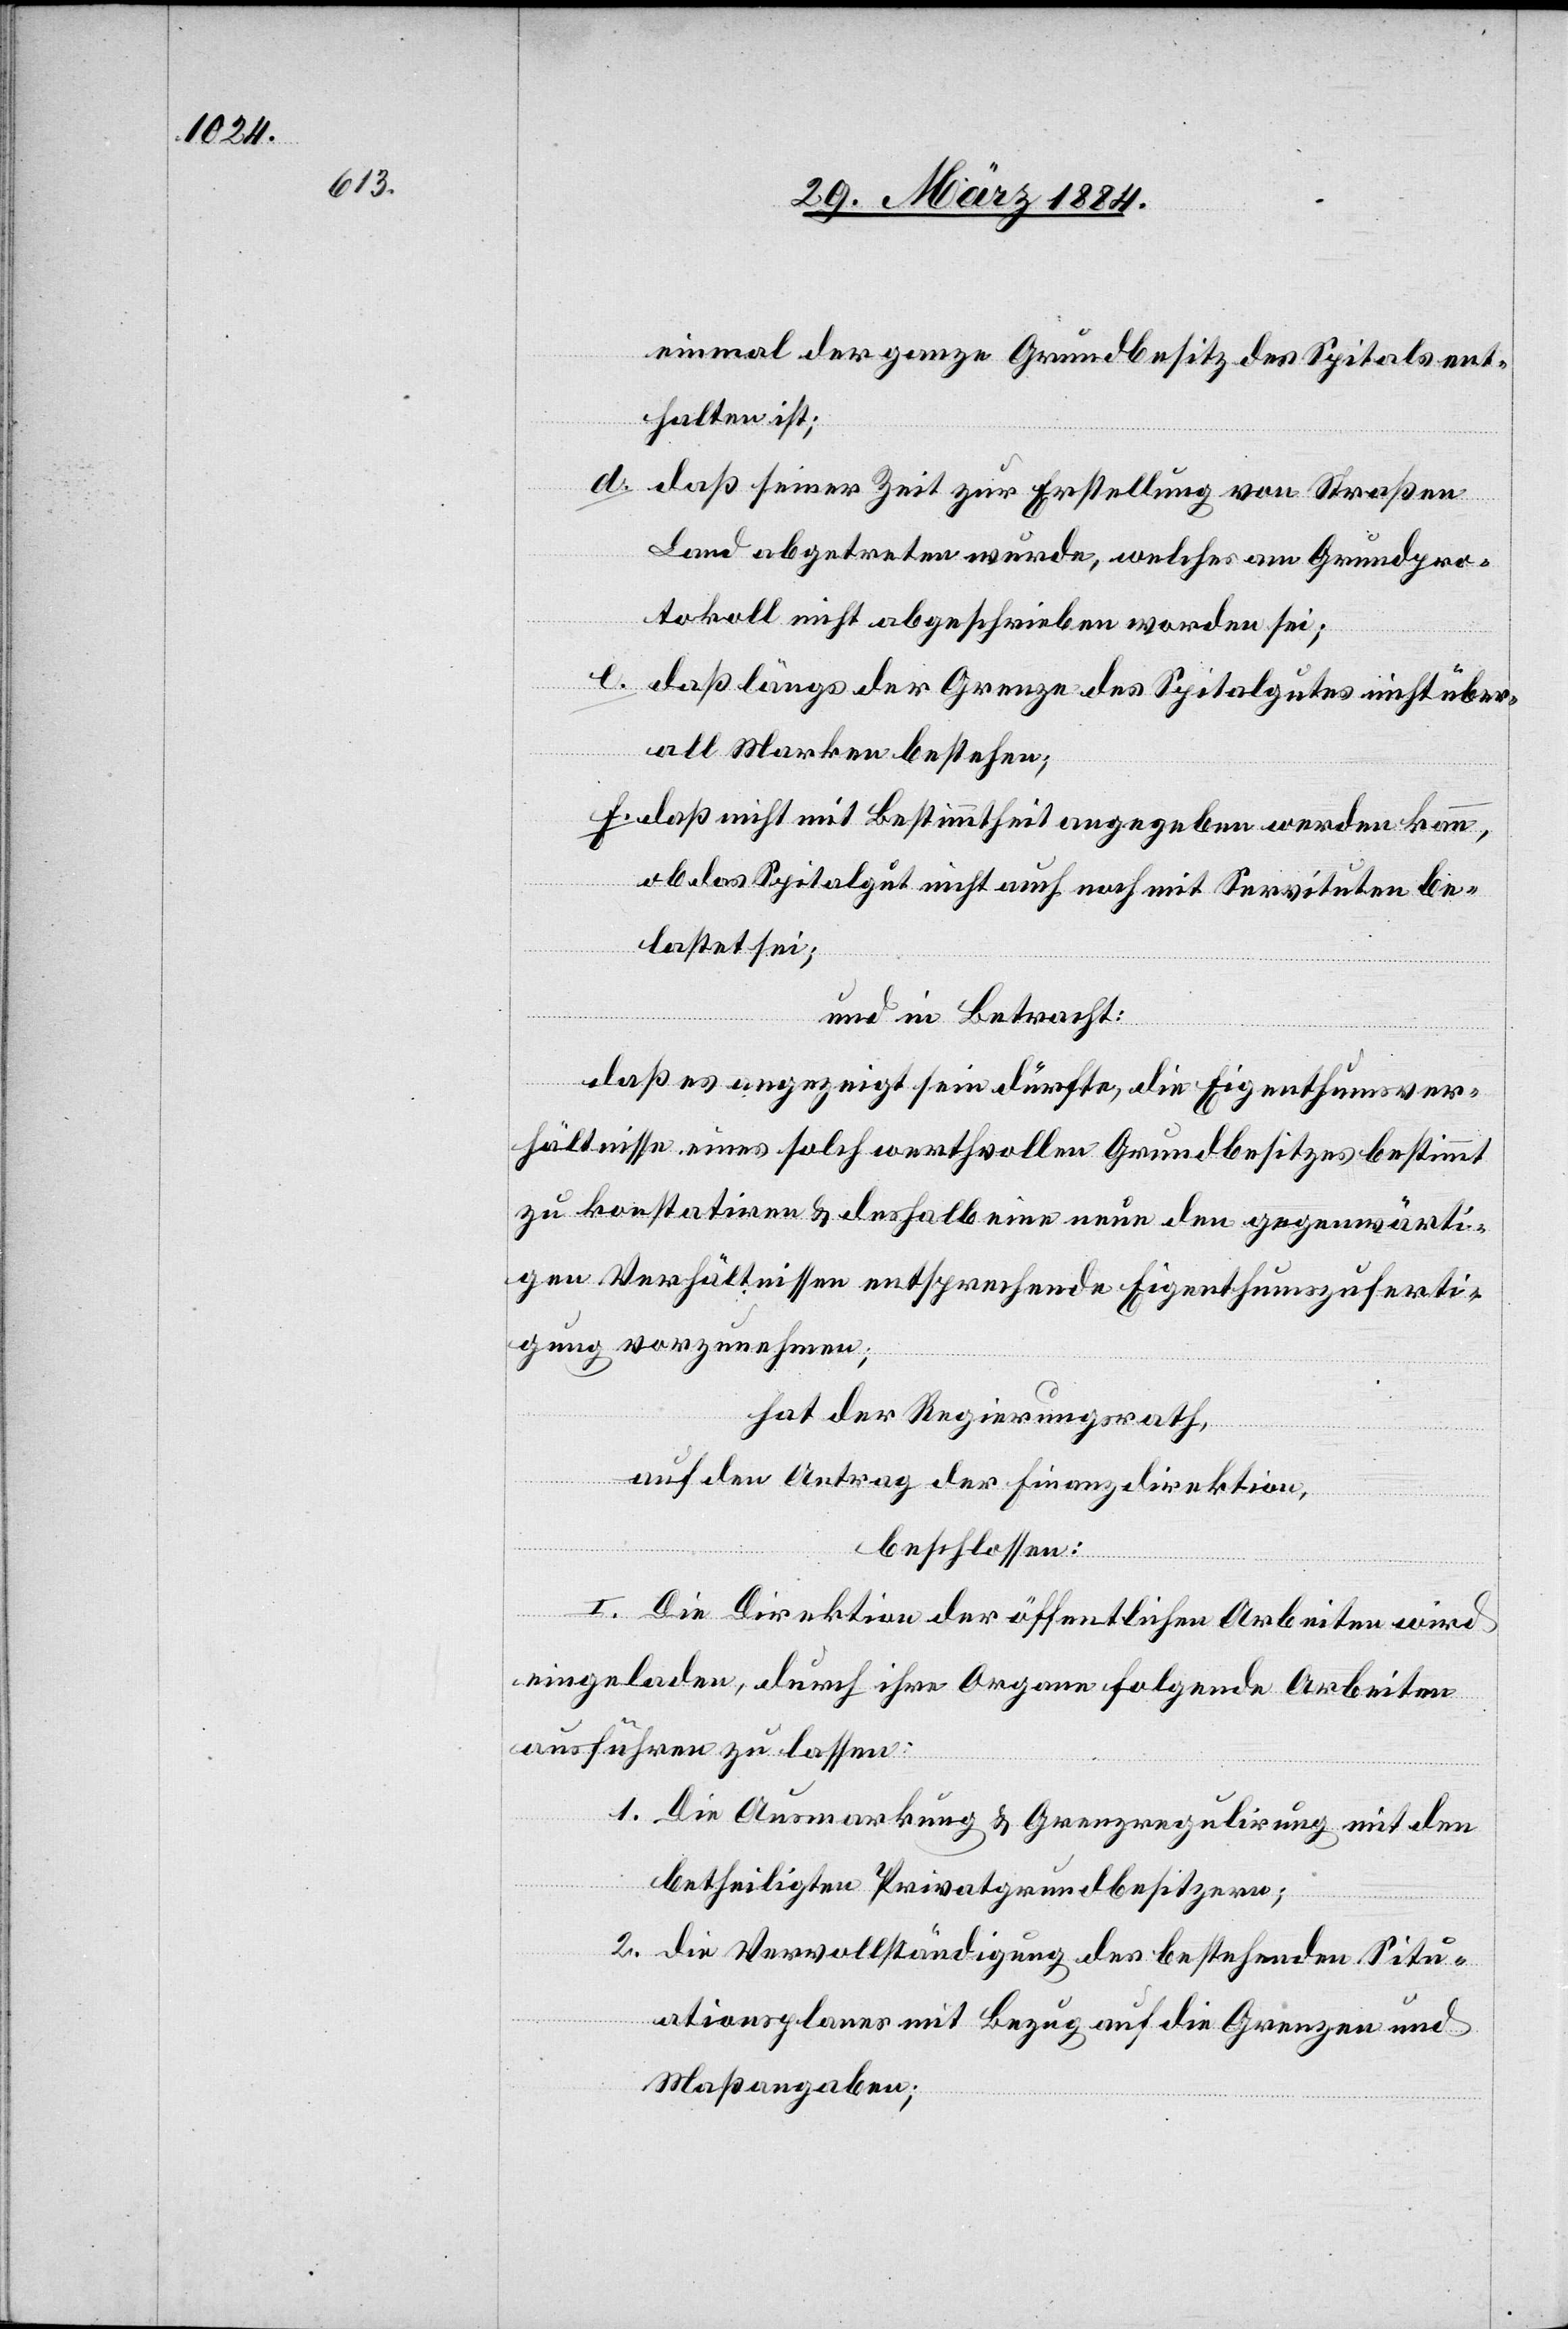
einmal der ganze Grundbesitz des Spitals ent¬
halten ist;
d. daß seiner Zeit zur Erstellung von Straßen
Land abgetreten wurde, welches am Grundpro¬
tokoll nicht abgeschrieben worden sei;
e. daß längs der Grenze des Spitalsgutes nicht über¬
all Marken bestehen;
f. daß nicht mit Bestimmtheit angegeben werden kann,
ob das Spitalgut nicht auch noch mit Servituten be¬
lastet sei;
und in Betracht:
daß es angezeigt sein dürfte, die Eigenthumsver¬
hältnisse eines solch werthvollen Grundbesitzes bestimmt
zu konstatiren & deshalb eine neue den gegenwärti¬
gen Verhältnissen entsprechende Eigenthumszuferti¬
gung vorzunehmen;
hat der Regierungsrath,
auf den Antrag der Finanzdirektion,
beschlossen:
I. Die Direktion der öffentlichen Arbeiten wird
eingeladen, durch ihre Organe folgende Arbeiten
ausführen zu lassen:
1. die Ausmarkung & Grenzregulirung mit den
betheiligten Privatgrundbesitzern;
2. die Vervollständigung des bestehenden Situ¬
ationsplanes mit Bezug auf die Grenzen und
Maßangaben;